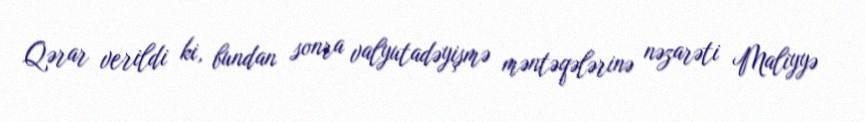
Qərar verildi ki, bundan sonra valyutadəyişmə məntəqələrinə nəzarəti Maliyyə